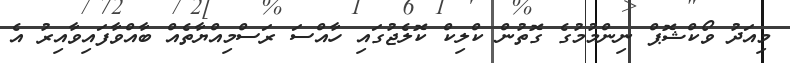
މިއަދު ވޯކްޝޮޕް ނިންމުމުގެ ގޮތުން ކްލިކް ކޮލެޖުގައި ހާއްސަ ރަސްމިއްޔާތެއް ބާއްވާފައިވާއިރު އެ